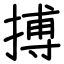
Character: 搏